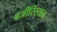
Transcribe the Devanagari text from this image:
बजीरिस्तान